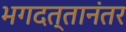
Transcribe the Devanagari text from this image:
भगदत्तानंतर